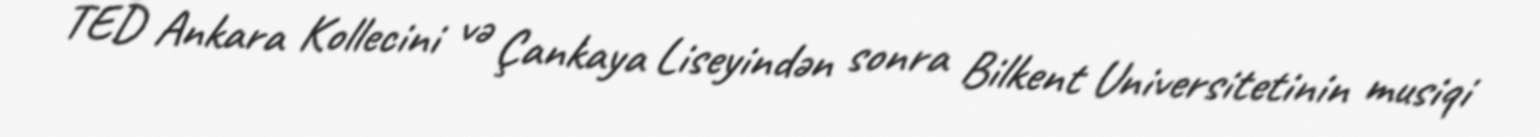
TED Ankara Kollecini və Çankaya Liseyindən sonra Bilkent Universitetinin musiqi